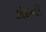
કોઇની